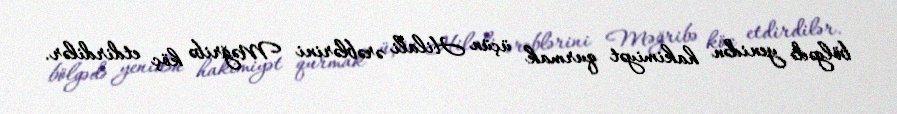
bölgədə yenidən hakimiyət qurmak üçün Hilali ərəblərini Məğribə köç etdirdilər.